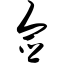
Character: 佥